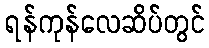
ရန်ကုန်လေဆိပ်တွင်